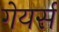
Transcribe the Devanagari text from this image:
गेयर्स